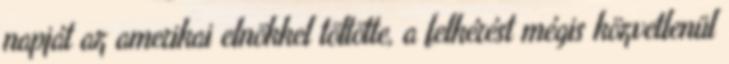
napját az amerikai elnökkel töltötte, a felkérést mégis közvetlenül